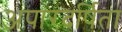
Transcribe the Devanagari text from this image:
अपारदर्षिता